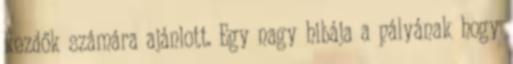
kezdők számára ajánlott. Egy nagy hibája a pályának hogy